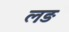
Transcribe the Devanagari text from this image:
लङ